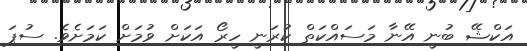
އަކްޝޭ ބުނީ އޭނާ މަސައްކަތް ކުރަނީ ހީރޯ އަކަށް ވުމަށް ކަމަށެވެ. ސުޕަ